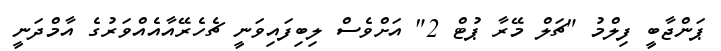
ޕަންޖާބީ ފިލްމު "ޗަލް މޭރާ ޕުޓް 2" އަށްވެސް ލިބިފައިވަނީ ޗެހެރޭއާއެއްވަރުގެ އާމްދަނީ